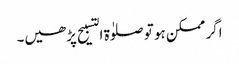
اگر ممکن ہو تو صلوٰة التسبیح پڑھیں۔